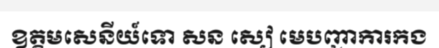
ឧត្តមសេនីយ៍ទោ សន សៀ មេបញ្ជាការកង